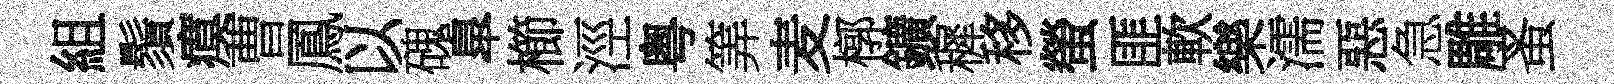
組鬚瘼曹鳳以磈臯櫛涇粤筭麦槨鑛穉移螢匪軟樂濡惡急雕蚤